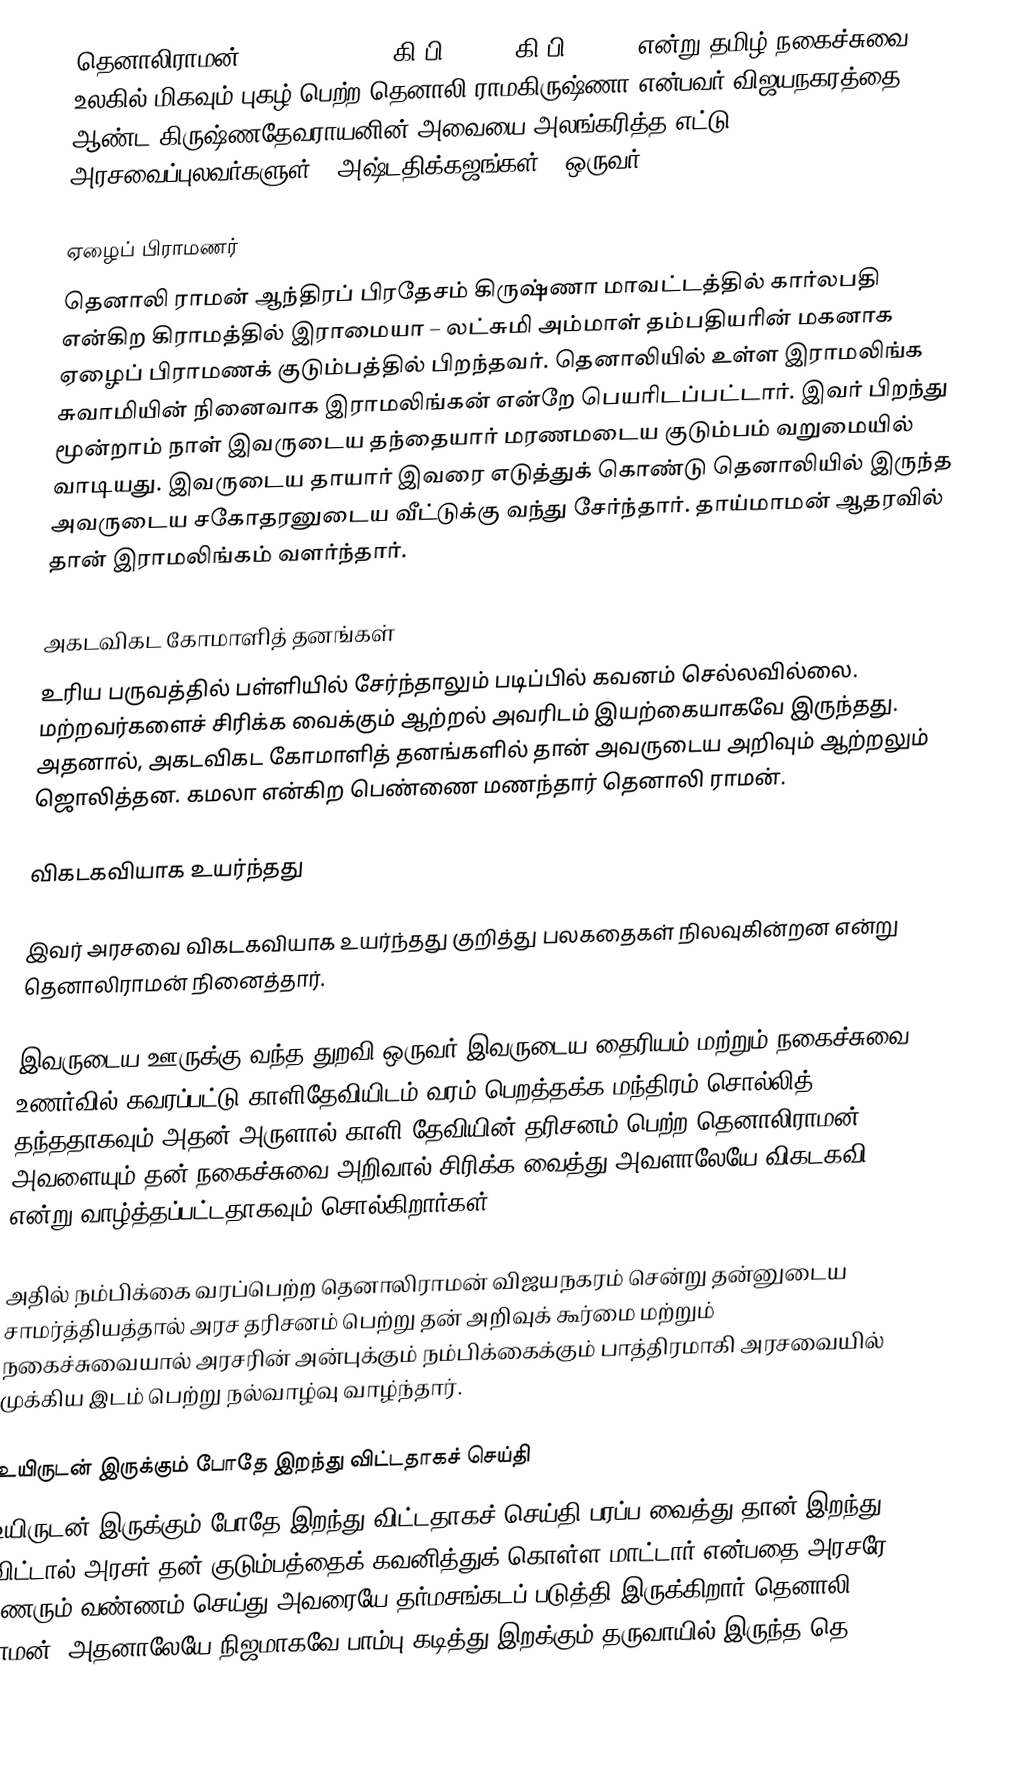
தெனாலிராமன் (Tenali Raman) (கி.பி.1480 - கி.பி.1528 ) என்று தமிழ் நகைச்சுவை உலகில் மிகவும் புகழ் பெற்ற தெனாலி ராமகிருஷ்ணா என்பவர் விஜயநகரத்தை ஆண்ட கிருஷ்ணதேவராயனின் அவையை அலங்கரித்த எட்டு அரசவைப்புலவர்களுள் ( அஷ்டதிக்கஜங்கள் ) ஒருவர்.

ஏழைப் பிராமணர்
தெனாலி ராமன் ஆந்திரப் பிரதேசம் கிருஷ்ணா மாவட்டத்தில் கார்லபதி என்கிற கிராமத்தில் இராமையா – லட்சுமி அம்மாள் தம்பதியரின் மகனாக ஏழைப் பிராமணக் குடும்பத்தில் பிறந்தவர். தெனாலியில் உள்ள இராமலிங்க சுவாமியின் நினைவாக இராமலிங்கன் என்றே பெயரிடப்பட்டார். இவர் பிறந்து மூன்றாம் நாள் இவருடைய தந்தையார் மரணமடைய குடும்பம் வறுமையில் வாடியது. இவருடைய தாயார் இவரை எடுத்துக் கொண்டு தெனாலியில் இருந்த அவருடைய சகோதரனுடைய வீட்டுக்கு வந்து சேர்ந்தார். தாய்மாமன் ஆதரவில் தான் இராமலிங்கம் வளர்ந்தார்.

அகடவிகட கோமாளித் தனங்கள்
உரிய பருவத்தில் பள்ளியில் சேர்ந்தாலும் படிப்பில் கவனம் செல்லவில்லை. மற்றவர்களைச் சிரிக்க வைக்கும் ஆற்றல் அவரிடம் இயற்கையாகவே இருந்தது. அதனால், அகடவிகட கோமாளித் தனங்களில் தான் அவருடைய அறிவும் ஆற்றலும் ஜொலித்தன. கமலா என்கிற பெண்ணை மணந்தார் தெனாலி ராமன்.

விகடகவியாக உயர்ந்தது

இவர் அரசவை விகடகவியாக உயர்ந்தது குறித்து பலகதைகள் நிலவுகின்றன என்று தெனாலிராமன் நினைத்தார்.

இவருடைய ஊருக்கு வந்த துறவி ஒருவர் இவருடைய தைரியம் மற்றும் நகைச்சுவை உணர்வில் கவரப்பட்டு காளிதேவியிடம் வரம் பெறத்தக்க மந்திரம் சொல்லித் தந்ததாகவும் அதன் அருளால் காளி தேவியின் தரிசனம் பெற்ற தெனாலிராமன் அவளையும் தன் நகைச்சுவை அறிவால் சிரிக்க வைத்து அவளாலேயே விகடகவி என்று வாழ்த்தப்பட்டதாகவும் சொல்கிறார்கள்.

அதில் நம்பிக்கை வரப்பெற்ற தெனாலிராமன் விஜயநகரம் சென்று தன்னுடைய சாமர்த்தியத்தால் அரச தரிசனம் பெற்று தன் அறிவுக் கூர்மை மற்றும் நகைச்சுவையால் அரசரின் அன்புக்கும் நம்பிக்கைக்கும் பாத்திரமாகி அரசவையில் முக்கிய இடம் பெற்று நல்வாழ்வு வாழ்ந்தார்.

உயிருடன் இருக்கும் போதே இறந்து விட்டதாகச் செய்தி
உயிருடன் இருக்கும் போதே இறந்து விட்டதாகச் செய்தி பரப்ப வைத்து தான் இறந்து விட்டால் அரசர் தன் குடும்பத்தைக் கவனித்துக் கொள்ள மாட்டார் என்பதை அரசரே உணரும் வண்ணம் செய்து அவரையே தர்மசங்கடப் படுத்தி இருக்கிறார் தெனாலி ராமன். அதனாலேயே நிஜமாகவே பாம்பு கடித்து இறக்கும் தருவாயில் இருந்த தெ